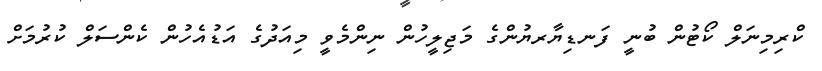
ކްރިމިނަލް ކޯޓުން ބުނީ ފަނޑިޔާރޔުންގެ މަޖިލީހުން ނިންމެވީ މިއަދުގެ އަޑުއެހުން ކެންސަލް ކުރުމަށް